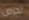
تحرص